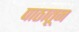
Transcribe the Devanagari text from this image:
पाठातून